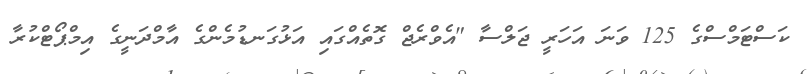
ކަސްޓަމްސްގެ 125 ވަނަ އަހަރީ ޖަލްސާ "އެވްރެޖް ގޮތެއްގައި އަޅުގަނޑުމެންގެ އާމްދަނީގެ އިމްޕޯޓްކުރާ